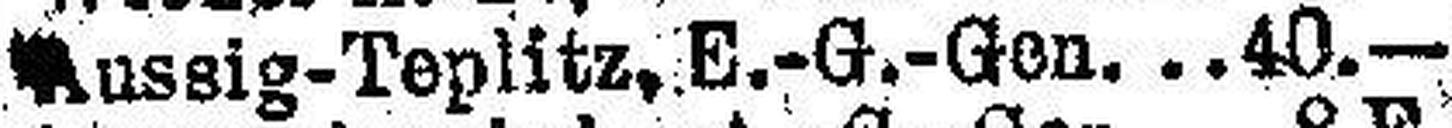
Aussig-Teplitz., E.-G.-Gen 40.—